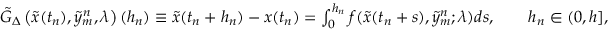
\begin{array} { r } { \tilde { G } _ { \Delta } \left( \tilde { x } ( t _ { n } ) , \tilde { y } _ { m } ^ { n } , \lambda \right) ( h _ { n } ) \equiv \tilde { x } ( t _ { n } + h _ { n } ) - x ( t _ { n } ) = \int _ { 0 } ^ { h _ { n } } f ( \tilde { x } ( t _ { n } + s ) , \tilde { y } _ { m } ^ { n } ; \lambda ) d s , \qquad h _ { n } \in ( 0 , h ] , } \end{array}